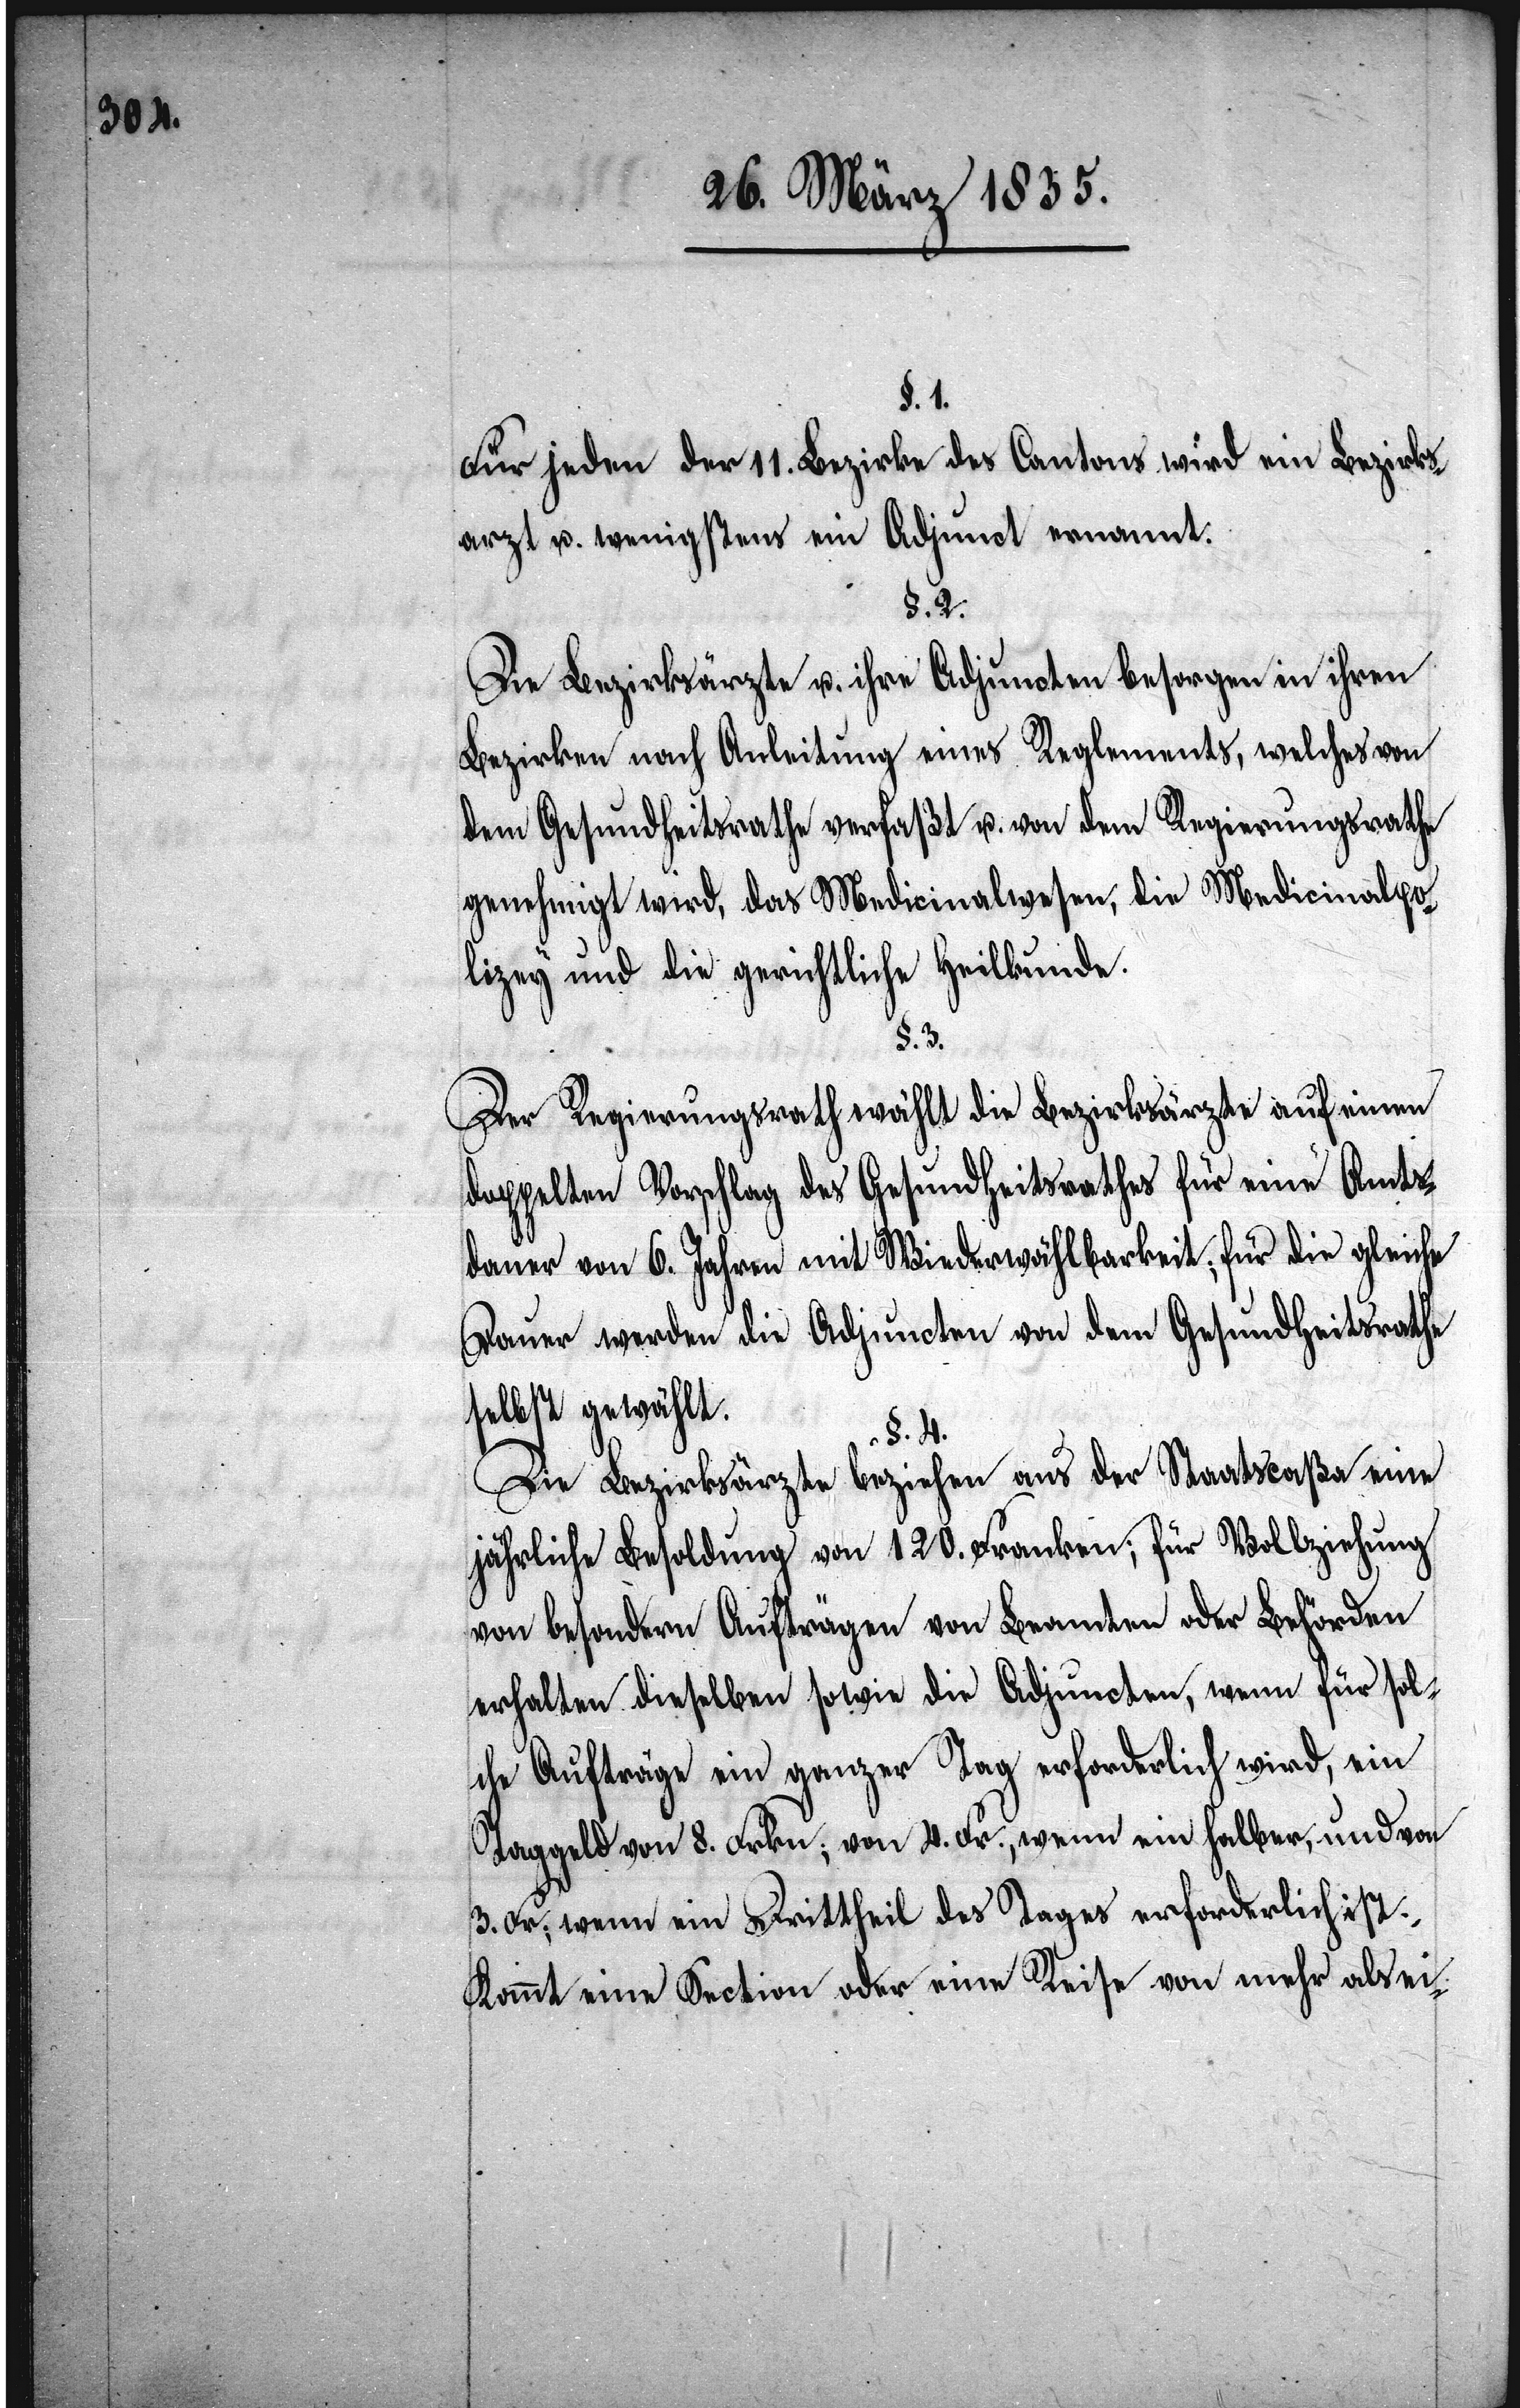
§. 1.
Für jeden der 11. Bezirke des Cantons wird ein Bezirks¬
arzt u. wenigstens ein Adjunct ernannt.
§. 2.
Die Bezirksärzte u. ihre Adjuncten besorgen in ihren
Bezirken nach Anleitung eines Reglements, welches von
dem Gesundheitsrathe verfaßt u. von dem Regierungsrathe
genehmigt wird, das Medicinalwesen, die Medicinalpo¬
lizey und die gerichtliche Heilkunde.
§. 3.
Der Regierungsrath wählt die Bezirksärzte auf einen
doppelten Vorschlag des Gesundheitsrathes für eine Amts¬
dauer von 6. Jahren mit Wiederwählbarkeit; für die gleiche
Dauer werden die Adjuncten von dem Gesundheitsrathe
selbst gewählt.
§. 4.
Die Bezirksärzte beziehen aus der Staatscaßa eine
jährliche Besoldung von 120. Franken; für Vollziehung
von besondern Aufträgen von Beamten oder Behörden
erhalten dieselben sowie die Adjuncten, wenn für sol¬
che Aufträge ein ganzer Tag erforderlich wird, ein
Taggeld von 8. Frkn.; von 4. Fr., wenn ein halber, und von
3. Fr; wenn ein Drittheil des Tages erforderlich ist.
Kommt eine Section oder eine Reise von mehr als ei-